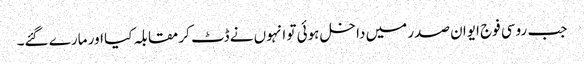
جب روسی فوج ایوان صدر میں داخل ہوئی تو انہوں نے ڈٹ کر مقابلہ کیا اور مارے گئے۔